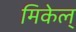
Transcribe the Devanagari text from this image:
मिकेल्